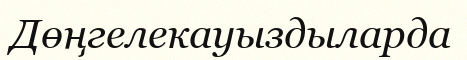
Дөңгелекауыздыларда